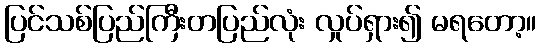
ပြင်သစ်ပြည်ကြီးတပြည်လုံး လှုပ်ရှား၍ မရတော့။